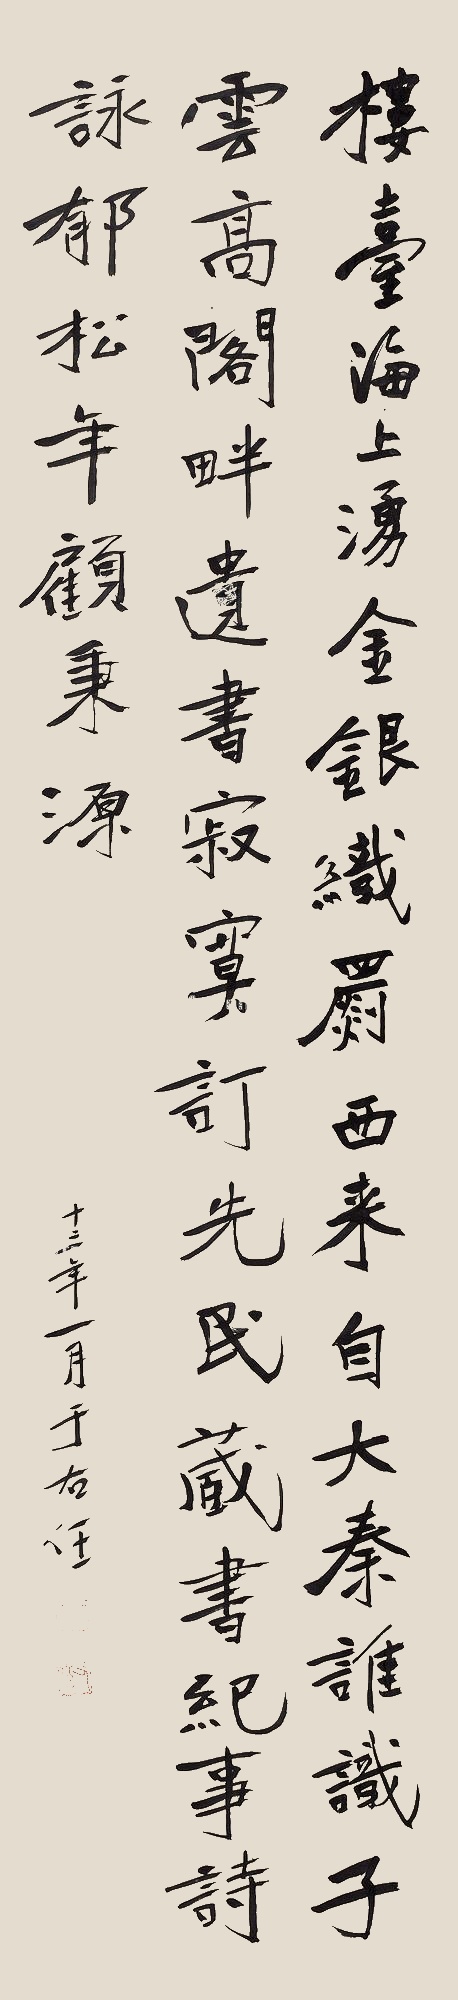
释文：楼台海上涌金银，织罽西来自大秦。谁识子云高阁畔，遗书寂寞订先民。藏书纪事诗，咏郁松年、顾秉源。十三年一月。于右任。